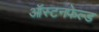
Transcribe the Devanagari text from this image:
ऑस्टनफेल्ड